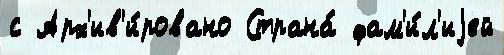
с Арх'ив'и́ровано Страна́ фам'и́л'иjей